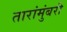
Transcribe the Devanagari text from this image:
तारांमुंबरी